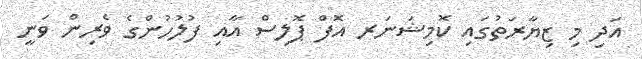
އަދި މި ޒިޔާރަތުގައި ކޮމިޝަނަރ އޮފް ޕޮލިސް އާއި ފުލުހުންގެ ވެރިން ވަނީ